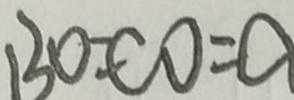
B O = C O = O